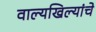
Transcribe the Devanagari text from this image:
वाल्यखिल्यांचे